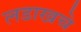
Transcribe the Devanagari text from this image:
लडाखचे